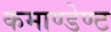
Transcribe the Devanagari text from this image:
कमाण्डेण्ट